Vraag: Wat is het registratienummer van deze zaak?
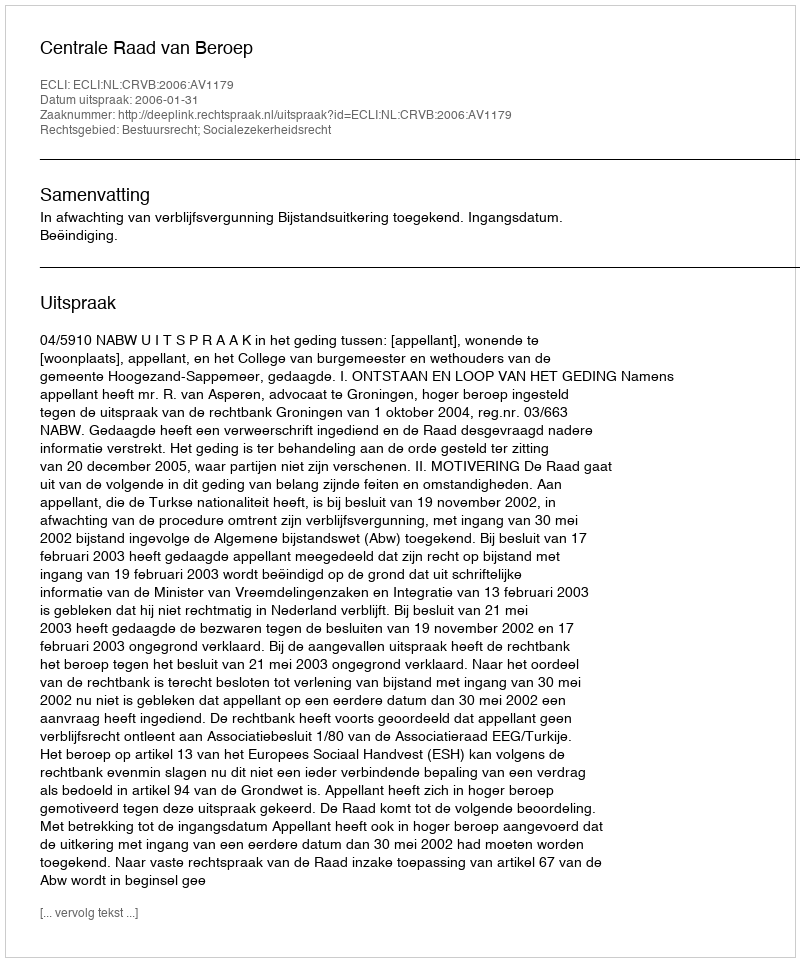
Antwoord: http://deeplink.rechtspraak.nl/uitspraak?id=ECLI:NL:CRVB:2006:AV1179